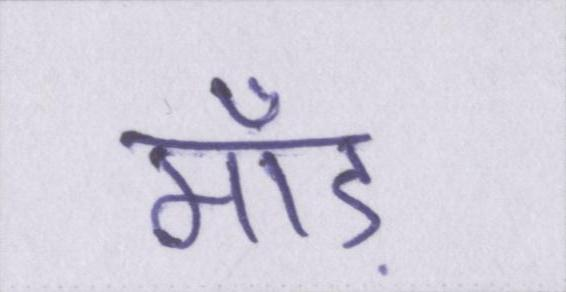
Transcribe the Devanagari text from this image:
माँड़